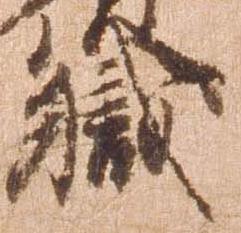
職